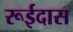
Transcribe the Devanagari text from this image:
रूईदास